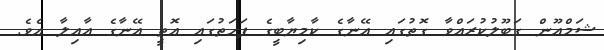
ޝަމްއޫން ގަބޫލުކުރައްވާ ގޮތުގައި އޭނާގެ ކާމިޔާބީގެ ފަހަތުގައި އޮތީ އޭނާގެ އާއިލާ އެވެ.